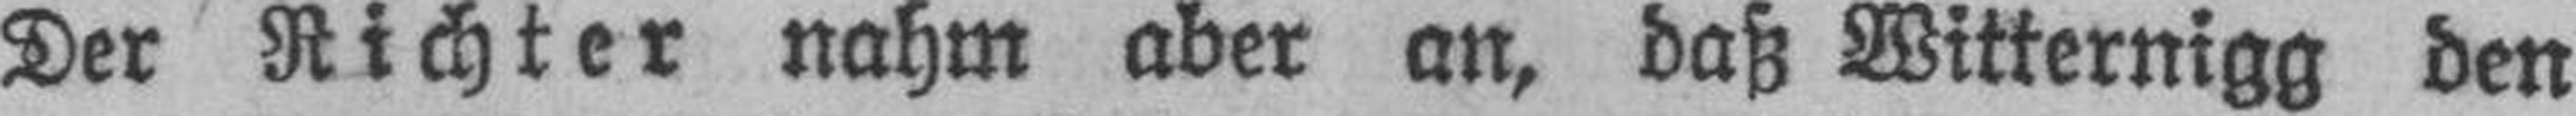
Der Richter nahm aber an, daß Mitternigg den